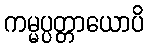
ကမ္မပ္ပတ္တာယောပိ